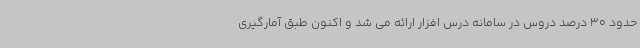
حدود 30 درصد دروس در سامانه درس افزار ارائه می شد و اکنون طبق آمارگیری